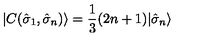
| C ( { \hat { \sigma } } _ { 1 } , { \hat { \sigma } } _ { n } ) \rangle = \frac { 1 } { 3 } ( 2 n + 1 ) | { \hat { \sigma } } _ { n } \rangle